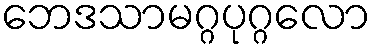
ဘေဒသာမဂ္ဂပုဂ္ဂလော